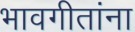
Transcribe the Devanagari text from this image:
भावगीतांना